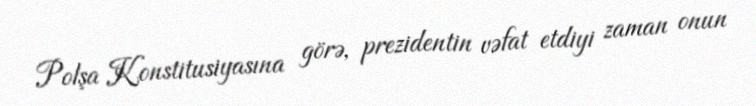
Polşa Konstitusiyasına görə, prezidentin vəfat etdiyi zaman onun